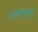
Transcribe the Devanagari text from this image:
पंखावरती